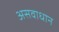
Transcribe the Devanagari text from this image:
असवाधान